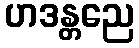
ဟဒန္တညေ